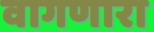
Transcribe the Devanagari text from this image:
वागणारा